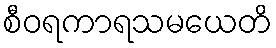
စီဝရကာရသမယေတိ